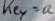
Text: key=a